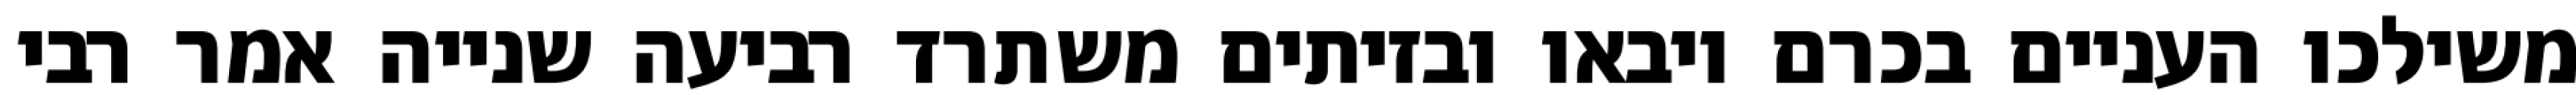
משילכו העניים בכרם ויבאו ובזיתים משתרד רביעה שנייה אמר רבי